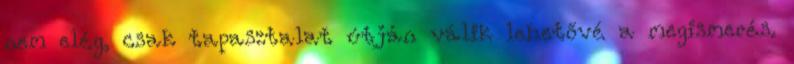
nem elég, csak tapasztalat útján válik lehetővé a megismerés.